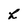
Character: h